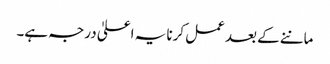
ماننے کے بعد عمل کرنا یہ اعلیٰ درجہ ہے۔